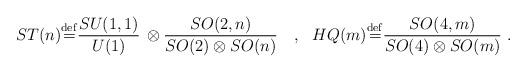
LaTeX: \begin{align*} ST(n) {\stackrel{\rm def}{=}} {{SU(1,1)}\over{U(1)}}\, \otimes {{SO(2,n)}\over{SO(2)\otimes SO(n)}}\ \ \ ,\ \ HQ(m ) {\stackrel{\rm def}{=}}{{SO(4,m)}\over{SO(4)\otimes SO(m)}}\ .\end{align*}